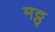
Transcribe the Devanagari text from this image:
मठ्ठ्